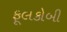
ફૂલકોબી